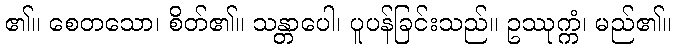
၏။ စေတသော၊ စိတ်၏။ သန္တာပေါ၊ ပူပန်ခြင်းသည်။ ဥဿုက္ကံ၊ မည်၏။